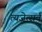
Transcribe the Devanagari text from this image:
त्यजेत्सर्वं